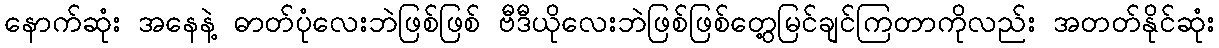
နောက်ဆုံး အနေနဲ့ ဓာတ်ပုံလေးဘဲဖြစ်ဖြစ် ဗီဒီယိုလေးဘဲဖြစ်ဖြစ်တွေ့မြင်ချင်ကြတာကိုလည်း အတတ်နိုင်ဆုံး